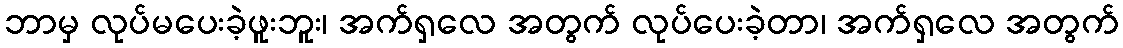
ဘာမှ လုပ်မပေးခဲ့ဖူးဘူး၊ အက်ရှလေ အတွက် လုပ်ပေးခဲ့တာ၊ အက်ရှလေ အတွက်